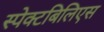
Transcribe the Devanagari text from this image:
स्पेक्टबिलिएस